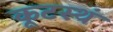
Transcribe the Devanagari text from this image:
कूटस्थं